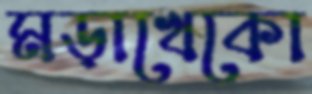
মড়াখেকো